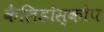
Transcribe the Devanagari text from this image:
कैलिडोस्कोप